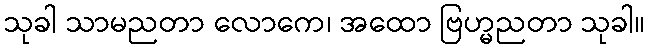
သုခါ သာမညတာ လောကေ၊ အထော ဗြဟ္မညတာ သုခါ။